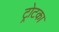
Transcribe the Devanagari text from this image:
ट्रोटका